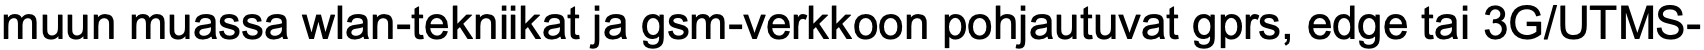
muun muassa wlan-tekniikat ja gsm-verkkoon pohjautuvat gprs, edge tai 3G/UTMS-